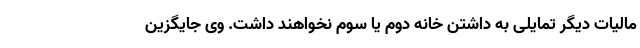
مالیات دیگر تمایلی به داشتن خانه دوم یا سوم نخواهند داشت. وی جایگزین